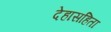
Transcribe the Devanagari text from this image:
देहासहिता